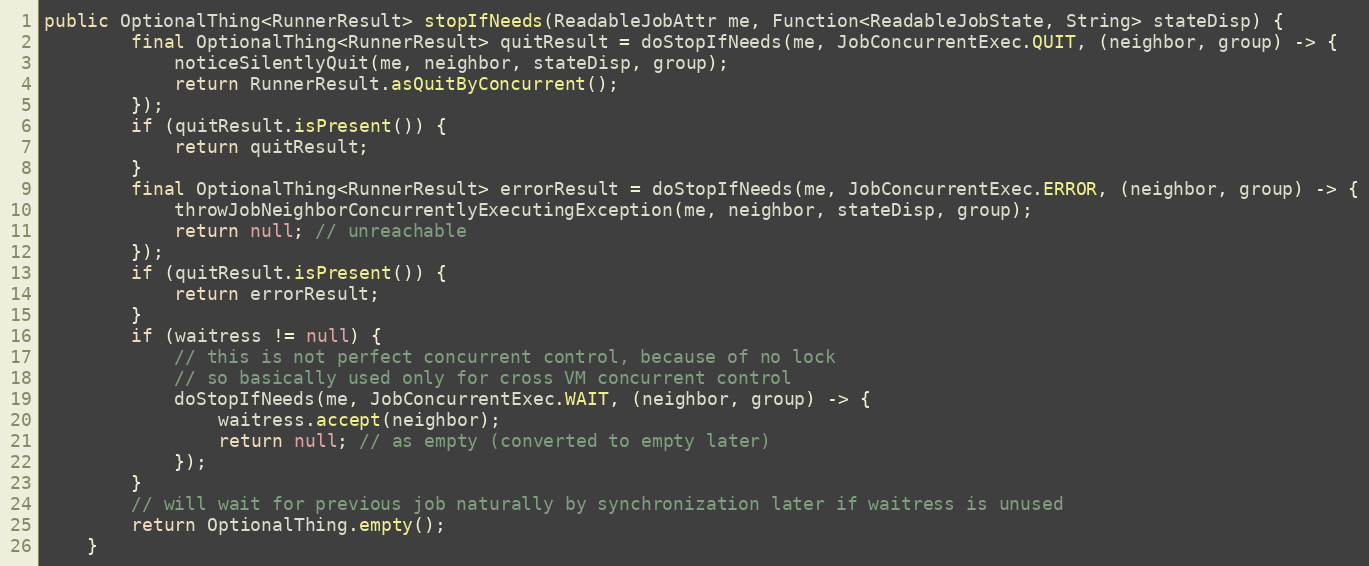
Language: Java
public OptionalThing<RunnerResult> stopIfNeeds(ReadableJobAttr me, Function<ReadableJobState, String> stateDisp) {
        final OptionalThing<RunnerResult> quitResult = doStopIfNeeds(me, JobConcurrentExec.QUIT, (neighbor, group) -> {
            noticeSilentlyQuit(me, neighbor, stateDisp, group);
            return RunnerResult.asQuitByConcurrent();
        });
        if (quitResult.isPresent()) {
            return quitResult;
        }
        final OptionalThing<RunnerResult> errorResult = doStopIfNeeds(me, JobConcurrentExec.ERROR, (neighbor, group) -> {
            throwJobNeighborConcurrentlyExecutingException(me, neighbor, stateDisp, group);
            return null; // unreachable
        });
        if (quitResult.isPresent()) {
            return errorResult;
        }
        if (waitress != null) {
            // this is not perfect concurrent control, because of no lock
            // so basically used only for cross VM concurrent control
            doStopIfNeeds(me, JobConcurrentExec.WAIT, (neighbor, group) -> {
                waitress.accept(neighbor);
                return null; // as empty (converted to empty later)
            });
        }
        // will wait for previous job naturally by synchronization later if waitress is unused
        return OptionalThing.empty();
    }